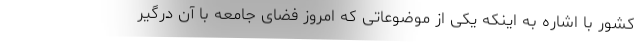
کشور با اشاره به اینکه یکی از موضوعاتی که امروز فضای جامعه با آن درگیر